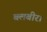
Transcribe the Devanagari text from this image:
बलबीर।